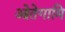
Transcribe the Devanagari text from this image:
ओतेगामि